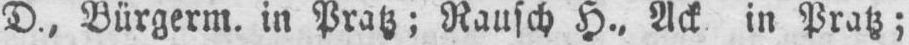
D., Bürgerm. in Pratz; Rausch H.‚ Ack in Pratz;